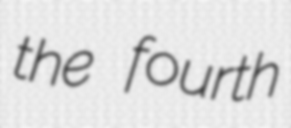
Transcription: the fourth